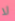
لا